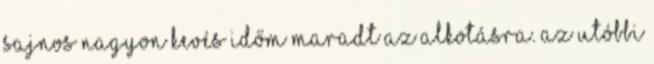
sajnos nagyon kevés időm maradt az alkotásra. Az utóbbi